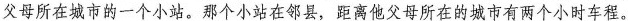
父母所在城市的一个小站。那个小站在邻县，距离他父母所在的城市有两个小时车程。